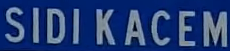
SIDI KACEM